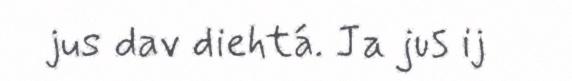
jus dav diehtá. Ja jus ij